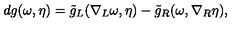
d g ( \omega , \eta ) = \tilde { g } _ { L } ( \nabla _ { L } \omega , \eta ) - \tilde { g } _ { R } ( \omega , \nabla _ { R } \eta ) ,